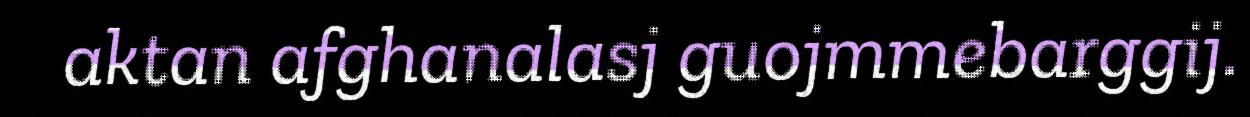
aktan afghanalasj guojmmebarggij.